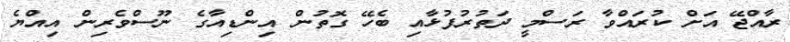
ރާއްޖޭ އަށް ކުރައްވާ ރަސްމީ ދަތުރުފުޅާއި ބެހޭ ގޮތުން އިންޑިއާގެ ނޫސްވެރިން އިއްޔެ